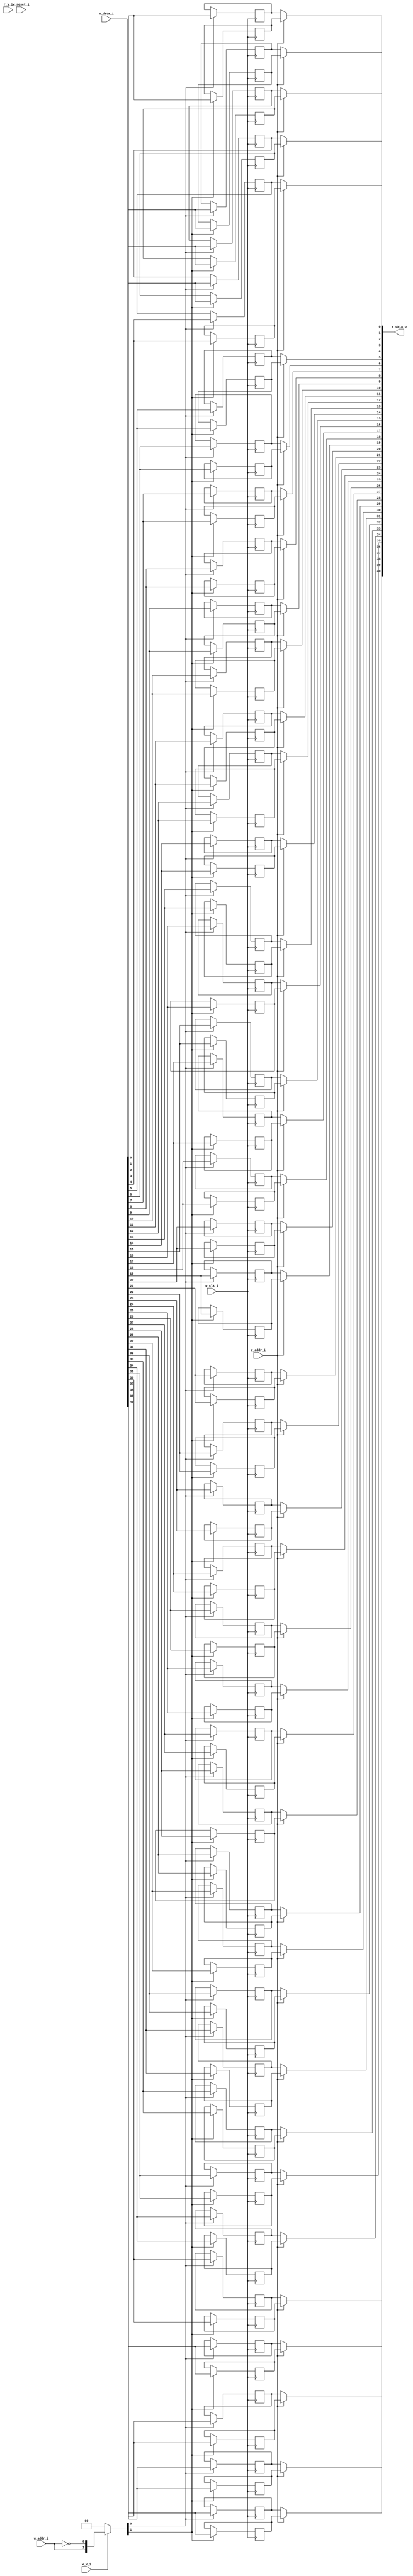
// This program was cloned from: https://github.com/NYU-MLDA/OpenABC
// License: BSD 3-Clause "New" or "Revised" License

module bsg_mem_1r1w_synth_width_p41_els_p2_read_write_same_addr_p0_harden_p0
(
  w_clk_i,
  w_reset_i,
  w_v_i,
  w_addr_i,
  w_data_i,
  r_v_i,
  r_addr_i,
  r_data_o
);

  input [0:0] w_addr_i;
  input [40:0] w_data_i;
  input [0:0] r_addr_i;
  output [40:0] r_data_o;
  input w_clk_i;
  input w_reset_i;
  input w_v_i;
  input r_v_i;
  wire [40:0] r_data_o;
  wire N0,N1,N2,N3,N4,N5,N7,N8;
  wire [81:0] mem;
  reg mem_81_sv2v_reg,mem_80_sv2v_reg,mem_79_sv2v_reg,mem_78_sv2v_reg,mem_77_sv2v_reg,
  mem_76_sv2v_reg,mem_75_sv2v_reg,mem_74_sv2v_reg,mem_73_sv2v_reg,mem_72_sv2v_reg,
  mem_71_sv2v_reg,mem_70_sv2v_reg,mem_69_sv2v_reg,mem_68_sv2v_reg,mem_67_sv2v_reg,
  mem_66_sv2v_reg,mem_65_sv2v_reg,mem_64_sv2v_reg,mem_63_sv2v_reg,mem_62_sv2v_reg,
  mem_61_sv2v_reg,mem_60_sv2v_reg,mem_59_sv2v_reg,mem_58_sv2v_reg,mem_57_sv2v_reg,
  mem_56_sv2v_reg,mem_55_sv2v_reg,mem_54_sv2v_reg,mem_53_sv2v_reg,mem_52_sv2v_reg,
  mem_51_sv2v_reg,mem_50_sv2v_reg,mem_49_sv2v_reg,mem_48_sv2v_reg,mem_47_sv2v_reg,
  mem_46_sv2v_reg,mem_45_sv2v_reg,mem_44_sv2v_reg,mem_43_sv2v_reg,mem_42_sv2v_reg,
  mem_41_sv2v_reg,mem_40_sv2v_reg,mem_39_sv2v_reg,mem_38_sv2v_reg,mem_37_sv2v_reg,
  mem_36_sv2v_reg,mem_35_sv2v_reg,mem_34_sv2v_reg,mem_33_sv2v_reg,mem_32_sv2v_reg,
  mem_31_sv2v_reg,mem_30_sv2v_reg,mem_29_sv2v_reg,mem_28_sv2v_reg,mem_27_sv2v_reg,
  mem_26_sv2v_reg,mem_25_sv2v_reg,mem_24_sv2v_reg,mem_23_sv2v_reg,mem_22_sv2v_reg,
  mem_21_sv2v_reg,mem_20_sv2v_reg,mem_19_sv2v_reg,mem_18_sv2v_reg,mem_17_sv2v_reg,
  mem_16_sv2v_reg,mem_15_sv2v_reg,mem_14_sv2v_reg,mem_13_sv2v_reg,mem_12_sv2v_reg,
  mem_11_sv2v_reg,mem_10_sv2v_reg,mem_9_sv2v_reg,mem_8_sv2v_reg,mem_7_sv2v_reg,
  mem_6_sv2v_reg,mem_5_sv2v_reg,mem_4_sv2v_reg,mem_3_sv2v_reg,mem_2_sv2v_reg,
  mem_1_sv2v_reg,mem_0_sv2v_reg;
  assign mem[81] = mem_81_sv2v_reg;
  assign mem[80] = mem_80_sv2v_reg;
  assign mem[79] = mem_79_sv2v_reg;
  assign mem[78] = mem_78_sv2v_reg;
  assign mem[77] = mem_77_sv2v_reg;
  assign mem[76] = mem_76_sv2v_reg;
  assign mem[75] = mem_75_sv2v_reg;
  assign mem[74] = mem_74_sv2v_reg;
  assign mem[73] = mem_73_sv2v_reg;
  assign mem[72] = mem_72_sv2v_reg;
  assign mem[71] = mem_71_sv2v_reg;
  assign mem[70] = mem_70_sv2v_reg;
  assign mem[69] = mem_69_sv2v_reg;
  assign mem[68] = mem_68_sv2v_reg;
  assign mem[67] = mem_67_sv2v_reg;
  assign mem[66] = mem_66_sv2v_reg;
  assign mem[65] = mem_65_sv2v_reg;
  assign mem[64] = mem_64_sv2v_reg;
  assign mem[63] = mem_63_sv2v_reg;
  assign mem[62] = mem_62_sv2v_reg;
  assign mem[61] = mem_61_sv2v_reg;
  assign mem[60] = mem_60_sv2v_reg;
  assign mem[59] = mem_59_sv2v_reg;
  assign mem[58] = mem_58_sv2v_reg;
  assign mem[57] = mem_57_sv2v_reg;
  assign mem[56] = mem_56_sv2v_reg;
  assign mem[55] = mem_55_sv2v_reg;
  assign mem[54] = mem_54_sv2v_reg;
  assign mem[53] = mem_53_sv2v_reg;
  assign mem[52] = mem_52_sv2v_reg;
  assign mem[51] = mem_51_sv2v_reg;
  assign mem[50] = mem_50_sv2v_reg;
  assign mem[49] = mem_49_sv2v_reg;
  assign mem[48] = mem_48_sv2v_reg;
  assign mem[47] = mem_47_sv2v_reg;
  assign mem[46] = mem_46_sv2v_reg;
  assign mem[45] = mem_45_sv2v_reg;
  assign mem[44] = mem_44_sv2v_reg;
  assign mem[43] = mem_43_sv2v_reg;
  assign mem[42] = mem_42_sv2v_reg;
  assign mem[41] = mem_41_sv2v_reg;
  assign mem[40] = mem_40_sv2v_reg;
  assign mem[39] = mem_39_sv2v_reg;
  assign mem[38] = mem_38_sv2v_reg;
  assign mem[37] = mem_37_sv2v_reg;
  assign mem[36] = mem_36_sv2v_reg;
  assign mem[35] = mem_35_sv2v_reg;
  assign mem[34] = mem_34_sv2v_reg;
  assign mem[33] = mem_33_sv2v_reg;
  assign mem[32] = mem_32_sv2v_reg;
  assign mem[31] = mem_31_sv2v_reg;
  assign mem[30] = mem_30_sv2v_reg;
  assign mem[29] = mem_29_sv2v_reg;
  assign mem[28] = mem_28_sv2v_reg;
  assign mem[27] = mem_27_sv2v_reg;
  assign mem[26] = mem_26_sv2v_reg;
  assign mem[25] = mem_25_sv2v_reg;
  assign mem[24] = mem_24_sv2v_reg;
  assign mem[23] = mem_23_sv2v_reg;
  assign mem[22] = mem_22_sv2v_reg;
  assign mem[21] = mem_21_sv2v_reg;
  assign mem[20] = mem_20_sv2v_reg;
  assign mem[19] = mem_19_sv2v_reg;
  assign mem[18] = mem_18_sv2v_reg;
  assign mem[17] = mem_17_sv2v_reg;
  assign mem[16] = mem_16_sv2v_reg;
  assign mem[15] = mem_15_sv2v_reg;
  assign mem[14] = mem_14_sv2v_reg;
  assign mem[13] = mem_13_sv2v_reg;
  assign mem[12] = mem_12_sv2v_reg;
  assign mem[11] = mem_11_sv2v_reg;
  assign mem[10] = mem_10_sv2v_reg;
  assign mem[9] = mem_9_sv2v_reg;
  assign mem[8] = mem_8_sv2v_reg;
  assign mem[7] = mem_7_sv2v_reg;
  assign mem[6] = mem_6_sv2v_reg;
  assign mem[5] = mem_5_sv2v_reg;
  assign mem[4] = mem_4_sv2v_reg;
  assign mem[3] = mem_3_sv2v_reg;
  assign mem[2] = mem_2_sv2v_reg;
  assign mem[1] = mem_1_sv2v_reg;
  assign mem[0] = mem_0_sv2v_reg;
  assign r_data_o[40] = (N3)? mem[40] : 
                        (N0)? mem[81] : 1'b0;
  assign N0 = r_addr_i[0];
  assign r_data_o[39] = (N3)? mem[39] : 
                        (N0)? mem[80] : 1'b0;
  assign r_data_o[38] = (N3)? mem[38] : 
                        (N0)? mem[79] : 1'b0;
  assign r_data_o[37] = (N3)? mem[37] : 
                        (N0)? mem[78] : 1'b0;
  assign r_data_o[36] = (N3)? mem[36] : 
                        (N0)? mem[77] : 1'b0;
  assign r_data_o[35] = (N3)? mem[35] : 
                        (N0)? mem[76] : 1'b0;
  assign r_data_o[34] = (N3)? mem[34] : 
                        (N0)? mem[75] : 1'b0;
  assign r_data_o[33] = (N3)? mem[33] : 
                        (N0)? mem[74] : 1'b0;
  assign r_data_o[32] = (N3)? mem[32] : 
                        (N0)? mem[73] : 1'b0;
  assign r_data_o[31] = (N3)? mem[31] : 
                        (N0)? mem[72] : 1'b0;
  assign r_data_o[30] = (N3)? mem[30] : 
                        (N0)? mem[71] : 1'b0;
  assign r_data_o[29] = (N3)? mem[29] : 
                        (N0)? mem[70] : 1'b0;
  assign r_data_o[28] = (N3)? mem[28] : 
                        (N0)? mem[69] : 1'b0;
  assign r_data_o[27] = (N3)? mem[27] : 
                        (N0)? mem[68] : 1'b0;
  assign r_data_o[26] = (N3)? mem[26] : 
                        (N0)? mem[67] : 1'b0;
  assign r_data_o[25] = (N3)? mem[25] : 
                        (N0)? mem[66] : 1'b0;
  assign r_data_o[24] = (N3)? mem[24] : 
                        (N0)? mem[65] : 1'b0;
  assign r_data_o[23] = (N3)? mem[23] : 
                        (N0)? mem[64] : 1'b0;
  assign r_data_o[22] = (N3)? mem[22] : 
                        (N0)? mem[63] : 1'b0;
  assign r_data_o[21] = (N3)? mem[21] : 
                        (N0)? mem[62] : 1'b0;
  assign r_data_o[20] = (N3)? mem[20] : 
                        (N0)? mem[61] : 1'b0;
  assign r_data_o[19] = (N3)? mem[19] : 
                        (N0)? mem[60] : 1'b0;
  assign r_data_o[18] = (N3)? mem[18] : 
                        (N0)? mem[59] : 1'b0;
  assign r_data_o[17] = (N3)? mem[17] : 
                        (N0)? mem[58] : 1'b0;
  assign r_data_o[16] = (N3)? mem[16] : 
                        (N0)? mem[57] : 1'b0;
  assign r_data_o[15] = (N3)? mem[15] : 
                        (N0)? mem[56] : 1'b0;
  assign r_data_o[14] = (N3)? mem[14] : 
                        (N0)? mem[55] : 1'b0;
  assign r_data_o[13] = (N3)? mem[13] : 
                        (N0)? mem[54] : 1'b0;
  assign r_data_o[12] = (N3)? mem[12] : 
                        (N0)? mem[53] : 1'b0;
  assign r_data_o[11] = (N3)? mem[11] : 
                        (N0)? mem[52] : 1'b0;
  assign r_data_o[10] = (N3)? mem[10] : 
                        (N0)? mem[51] : 1'b0;
  assign r_data_o[9] = (N3)? mem[9] : 
                       (N0)? mem[50] : 1'b0;
  assign r_data_o[8] = (N3)? mem[8] : 
                       (N0)? mem[49] : 1'b0;
  assign r_data_o[7] = (N3)? mem[7] : 
                       (N0)? mem[48] : 1'b0;
  assign r_data_o[6] = (N3)? mem[6] : 
                       (N0)? mem[47] : 1'b0;
  assign r_data_o[5] = (N3)? mem[5] : 
                       (N0)? mem[46] : 1'b0;
  assign r_data_o[4] = (N3)? mem[4] : 
                       (N0)? mem[45] : 1'b0;
  assign r_data_o[3] = (N3)? mem[3] : 
                       (N0)? mem[44] : 1'b0;
  assign r_data_o[2] = (N3)? mem[2] : 
                       (N0)? mem[43] : 1'b0;
  assign r_data_o[1] = (N3)? mem[1] : 
                       (N0)? mem[42] : 1'b0;
  assign r_data_o[0] = (N3)? mem[0] : 
                       (N0)? mem[41] : 1'b0;

  always @(posedge w_clk_i) begin
    if(N8) begin
      mem_81_sv2v_reg <= w_data_i[40];
    end 
  end


  always @(posedge w_clk_i) begin
    if(N8) begin
      mem_80_sv2v_reg <= w_data_i[39];
    end 
  end


  always @(posedge w_clk_i) begin
    if(N8) begin
      mem_79_sv2v_reg <= w_data_i[38];
    end 
  end


  always @(posedge w_clk_i) begin
    if(N8) begin
      mem_78_sv2v_reg <= w_data_i[37];
    end 
  end


  always @(posedge w_clk_i) begin
    if(N8) begin
      mem_77_sv2v_reg <= w_data_i[36];
    end 
  end


  always @(posedge w_clk_i) begin
    if(N8) begin
      mem_76_sv2v_reg <= w_data_i[35];
    end 
  end


  always @(posedge w_clk_i) begin
    if(N8) begin
      mem_75_sv2v_reg <= w_data_i[34];
    end 
  end


  always @(posedge w_clk_i) begin
    if(N8) begin
      mem_74_sv2v_reg <= w_data_i[33];
    end 
  end


  always @(posedge w_clk_i) begin
    if(N8) begin
      mem_73_sv2v_reg <= w_data_i[32];
    end 
  end


  always @(posedge w_clk_i) begin
    if(N8) begin
      mem_72_sv2v_reg <= w_data_i[31];
    end 
  end


  always @(posedge w_clk_i) begin
    if(N8) begin
      mem_71_sv2v_reg <= w_data_i[30];
    end 
  end


  always @(posedge w_clk_i) begin
    if(N8) begin
      mem_70_sv2v_reg <= w_data_i[29];
    end 
  end


  always @(posedge w_clk_i) begin
    if(N8) begin
      mem_69_sv2v_reg <= w_data_i[28];
    end 
  end


  always @(posedge w_clk_i) begin
    if(N8) begin
      mem_68_sv2v_reg <= w_data_i[27];
    end 
  end


  always @(posedge w_clk_i) begin
    if(N8) begin
      mem_67_sv2v_reg <= w_data_i[26];
    end 
  end


  always @(posedge w_clk_i) begin
    if(N8) begin
      mem_66_sv2v_reg <= w_data_i[25];
    end 
  end


  always @(posedge w_clk_i) begin
    if(N8) begin
      mem_65_sv2v_reg <= w_data_i[24];
    end 
  end


  always @(posedge w_clk_i) begin
    if(N8) begin
      mem_64_sv2v_reg <= w_data_i[23];
    end 
  end


  always @(posedge w_clk_i) begin
    if(N8) begin
      mem_63_sv2v_reg <= w_data_i[22];
    end 
  end


  always @(posedge w_clk_i) begin
    if(N8) begin
      mem_62_sv2v_reg <= w_data_i[21];
    end 
  end


  always @(posedge w_clk_i) begin
    if(N8) begin
      mem_61_sv2v_reg <= w_data_i[20];
    end 
  end


  always @(posedge w_clk_i) begin
    if(N8) begin
      mem_60_sv2v_reg <= w_data_i[19];
    end 
  end


  always @(posedge w_clk_i) begin
    if(N8) begin
      mem_59_sv2v_reg <= w_data_i[18];
    end 
  end


  always @(posedge w_clk_i) begin
    if(N8) begin
      mem_58_sv2v_reg <= w_data_i[17];
    end 
  end


  always @(posedge w_clk_i) begin
    if(N8) begin
      mem_57_sv2v_reg <= w_data_i[16];
    end 
  end


  always @(posedge w_clk_i) begin
    if(N8) begin
      mem_56_sv2v_reg <= w_data_i[15];
    end 
  end


  always @(posedge w_clk_i) begin
    if(N8) begin
      mem_55_sv2v_reg <= w_data_i[14];
    end 
  end


  always @(posedge w_clk_i) begin
    if(N8) begin
      mem_54_sv2v_reg <= w_data_i[13];
    end 
  end


  always @(posedge w_clk_i) begin
    if(N8) begin
      mem_53_sv2v_reg <= w_data_i[12];
    end 
  end


  always @(posedge w_clk_i) begin
    if(N8) begin
      mem_52_sv2v_reg <= w_data_i[11];
    end 
  end


  always @(posedge w_clk_i) begin
    if(N8) begin
      mem_51_sv2v_reg <= w_data_i[10];
    end 
  end


  always @(posedge w_clk_i) begin
    if(N8) begin
      mem_50_sv2v_reg <= w_data_i[9];
    end 
  end


  always @(posedge w_clk_i) begin
    if(N8) begin
      mem_49_sv2v_reg <= w_data_i[8];
    end 
  end


  always @(posedge w_clk_i) begin
    if(N8) begin
      mem_48_sv2v_reg <= w_data_i[7];
    end 
  end


  always @(posedge w_clk_i) begin
    if(N8) begin
      mem_47_sv2v_reg <= w_data_i[6];
    end 
  end


  always @(posedge w_clk_i) begin
    if(N8) begin
      mem_46_sv2v_reg <= w_data_i[5];
    end 
  end


  always @(posedge w_clk_i) begin
    if(N8) begin
      mem_45_sv2v_reg <= w_data_i[4];
    end 
  end


  always @(posedge w_clk_i) begin
    if(N8) begin
      mem_44_sv2v_reg <= w_data_i[3];
    end 
  end


  always @(posedge w_clk_i) begin
    if(N8) begin
      mem_43_sv2v_reg <= w_data_i[2];
    end 
  end


  always @(posedge w_clk_i) begin
    if(N8) begin
      mem_42_sv2v_reg <= w_data_i[1];
    end 
  end


  always @(posedge w_clk_i) begin
    if(N8) begin
      mem_41_sv2v_reg <= w_data_i[0];
    end 
  end


  always @(posedge w_clk_i) begin
    if(N7) begin
      mem_40_sv2v_reg <= w_data_i[40];
    end 
  end


  always @(posedge w_clk_i) begin
    if(N7) begin
      mem_39_sv2v_reg <= w_data_i[39];
    end 
  end


  always @(posedge w_clk_i) begin
    if(N7) begin
      mem_38_sv2v_reg <= w_data_i[38];
    end 
  end


  always @(posedge w_clk_i) begin
    if(N7) begin
      mem_37_sv2v_reg <= w_data_i[37];
    end 
  end


  always @(posedge w_clk_i) begin
    if(N7) begin
      mem_36_sv2v_reg <= w_data_i[36];
    end 
  end


  always @(posedge w_clk_i) begin
    if(N7) begin
      mem_35_sv2v_reg <= w_data_i[35];
    end 
  end


  always @(posedge w_clk_i) begin
    if(N7) begin
      mem_34_sv2v_reg <= w_data_i[34];
    end 
  end


  always @(posedge w_clk_i) begin
    if(N7) begin
      mem_33_sv2v_reg <= w_data_i[33];
    end 
  end


  always @(posedge w_clk_i) begin
    if(N7) begin
      mem_32_sv2v_reg <= w_data_i[32];
    end 
  end


  always @(posedge w_clk_i) begin
    if(N7) begin
      mem_31_sv2v_reg <= w_data_i[31];
    end 
  end


  always @(posedge w_clk_i) begin
    if(N7) begin
      mem_30_sv2v_reg <= w_data_i[30];
    end 
  end


  always @(posedge w_clk_i) begin
    if(N7) begin
      mem_29_sv2v_reg <= w_data_i[29];
    end 
  end


  always @(posedge w_clk_i) begin
    if(N7) begin
      mem_28_sv2v_reg <= w_data_i[28];
    end 
  end


  always @(posedge w_clk_i) begin
    if(N7) begin
      mem_27_sv2v_reg <= w_data_i[27];
    end 
  end


  always @(posedge w_clk_i) begin
    if(N7) begin
      mem_26_sv2v_reg <= w_data_i[26];
    end 
  end


  always @(posedge w_clk_i) begin
    if(N7) begin
      mem_25_sv2v_reg <= w_data_i[25];
    end 
  end


  always @(posedge w_clk_i) begin
    if(N7) begin
      mem_24_sv2v_reg <= w_data_i[24];
    end 
  end


  always @(posedge w_clk_i) begin
    if(N7) begin
      mem_23_sv2v_reg <= w_data_i[23];
    end 
  end


  always @(posedge w_clk_i) begin
    if(N7) begin
      mem_22_sv2v_reg <= w_data_i[22];
    end 
  end


  always @(posedge w_clk_i) begin
    if(N7) begin
      mem_21_sv2v_reg <= w_data_i[21];
    end 
  end


  always @(posedge w_clk_i) begin
    if(N7) begin
      mem_20_sv2v_reg <= w_data_i[20];
    end 
  end


  always @(posedge w_clk_i) begin
    if(N7) begin
      mem_19_sv2v_reg <= w_data_i[19];
    end 
  end


  always @(posedge w_clk_i) begin
    if(N7) begin
      mem_18_sv2v_reg <= w_data_i[18];
    end 
  end


  always @(posedge w_clk_i) begin
    if(N7) begin
      mem_17_sv2v_reg <= w_data_i[17];
    end 
  end


  always @(posedge w_clk_i) begin
    if(N7) begin
      mem_16_sv2v_reg <= w_data_i[16];
    end 
  end


  always @(posedge w_clk_i) begin
    if(N7) begin
      mem_15_sv2v_reg <= w_data_i[15];
    end 
  end


  always @(posedge w_clk_i) begin
    if(N7) begin
      mem_14_sv2v_reg <= w_data_i[14];
    end 
  end


  always @(posedge w_clk_i) begin
    if(N7) begin
      mem_13_sv2v_reg <= w_data_i[13];
    end 
  end


  always @(posedge w_clk_i) begin
    if(N7) begin
      mem_12_sv2v_reg <= w_data_i[12];
    end 
  end


  always @(posedge w_clk_i) begin
    if(N7) begin
      mem_11_sv2v_reg <= w_data_i[11];
    end 
  end


  always @(posedge w_clk_i) begin
    if(N7) begin
      mem_10_sv2v_reg <= w_data_i[10];
    end 
  end


  always @(posedge w_clk_i) begin
    if(N7) begin
      mem_9_sv2v_reg <= w_data_i[9];
    end 
  end


  always @(posedge w_clk_i) begin
    if(N7) begin
      mem_8_sv2v_reg <= w_data_i[8];
    end 
  end


  always @(posedge w_clk_i) begin
    if(N7) begin
      mem_7_sv2v_reg <= w_data_i[7];
    end 
  end


  always @(posedge w_clk_i) begin
    if(N7) begin
      mem_6_sv2v_reg <= w_data_i[6];
    end 
  end


  always @(posedge w_clk_i) begin
    if(N7) begin
      mem_5_sv2v_reg <= w_data_i[5];
    end 
  end


  always @(posedge w_clk_i) begin
    if(N7) begin
      mem_4_sv2v_reg <= w_data_i[4];
    end 
  end


  always @(posedge w_clk_i) begin
    if(N7) begin
      mem_3_sv2v_reg <= w_data_i[3];
    end 
  end


  always @(posedge w_clk_i) begin
    if(N7) begin
      mem_2_sv2v_reg <= w_data_i[2];
    end 
  end


  always @(posedge w_clk_i) begin
    if(N7) begin
      mem_1_sv2v_reg <= w_data_i[1];
    end 
  end


  always @(posedge w_clk_i) begin
    if(N7) begin
      mem_0_sv2v_reg <= w_data_i[0];
    end 
  end

  assign N5 = ~w_addr_i[0];
  assign { N8, N7 } = (N1)? { w_addr_i[0:0], N5 } : 
                      (N2)? { 1'b0, 1'b0 } : 1'b0;
  assign N1 = w_v_i;
  assign N2 = N4;
  assign N3 = ~r_addr_i[0];
  assign N4 = ~w_v_i;

endmodule